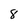
Character: 8